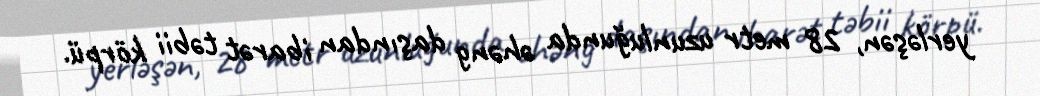
yerləşən, 28 metr uzunluğunda əhəng daşından ibarət təbii körpü.